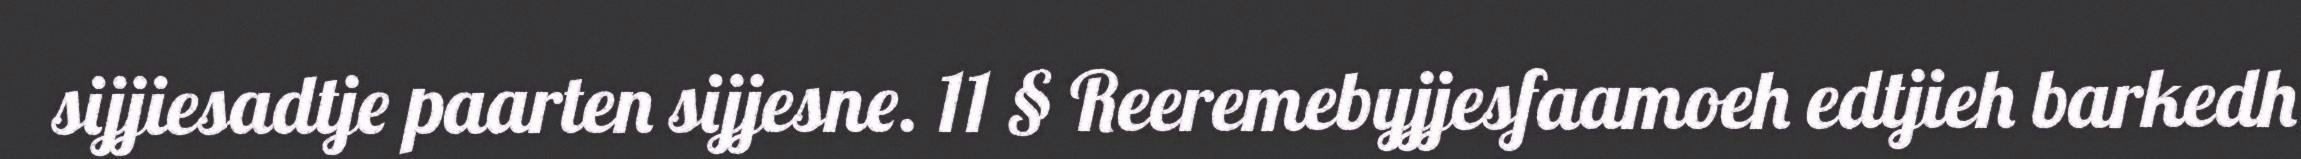
sijjiesadtje paarten sijjesne. 11 § Reeremebyjjesfaamoeh edtjieh barkedh